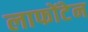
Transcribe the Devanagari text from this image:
लाफोंटेन